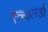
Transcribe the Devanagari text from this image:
एन्सालडो